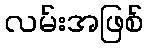
လမ်းအဖြစ်